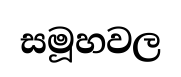
සමූහවල